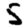
Digit: 5